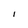
Character: I